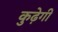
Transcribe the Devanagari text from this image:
कुढ़ेगी